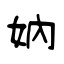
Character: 妠